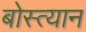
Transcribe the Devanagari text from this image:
बोस्त्यान